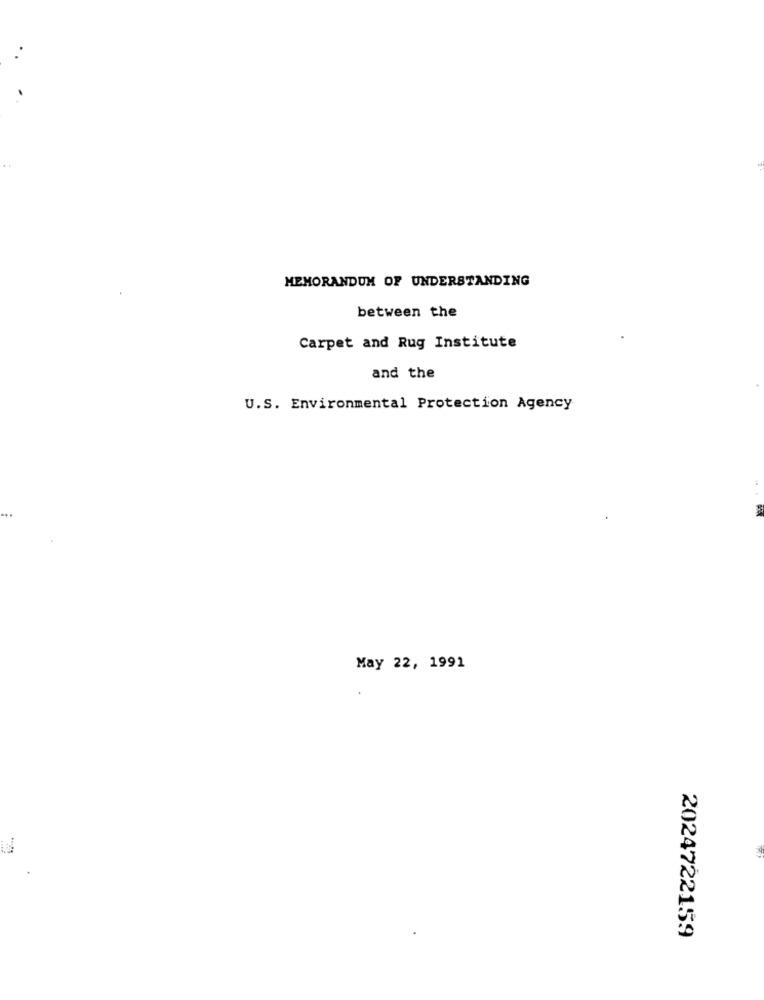
MEMORANDUM OF UNDERSTANDING
between the
Carpet and Rug Institute
and the
U.S. Environmental Protection Agency
May 22, 1991
2024722159